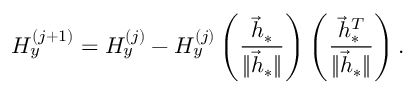
H _ { y } ^ { ( j + 1 ) } = H _ { y } ^ { ( j ) } - H _ { y } ^ { ( j ) } \left( \frac { \vec { h } _ { \ast } } { \lVert \vec { h } _ { \ast } \rVert } \right) \left( \frac { \vec { h } _ { \ast } ^ { T } } { \lVert \vec { h } _ { \ast } \rVert } \right) .